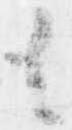
も